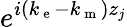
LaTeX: e^{i(k_{\mathrm{~e~}}-k_{\mathrm{~m~}})z_{j}}